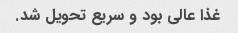
غذا عالی بود و سریع تحویل شد.